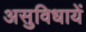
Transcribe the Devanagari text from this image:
असुविधायें